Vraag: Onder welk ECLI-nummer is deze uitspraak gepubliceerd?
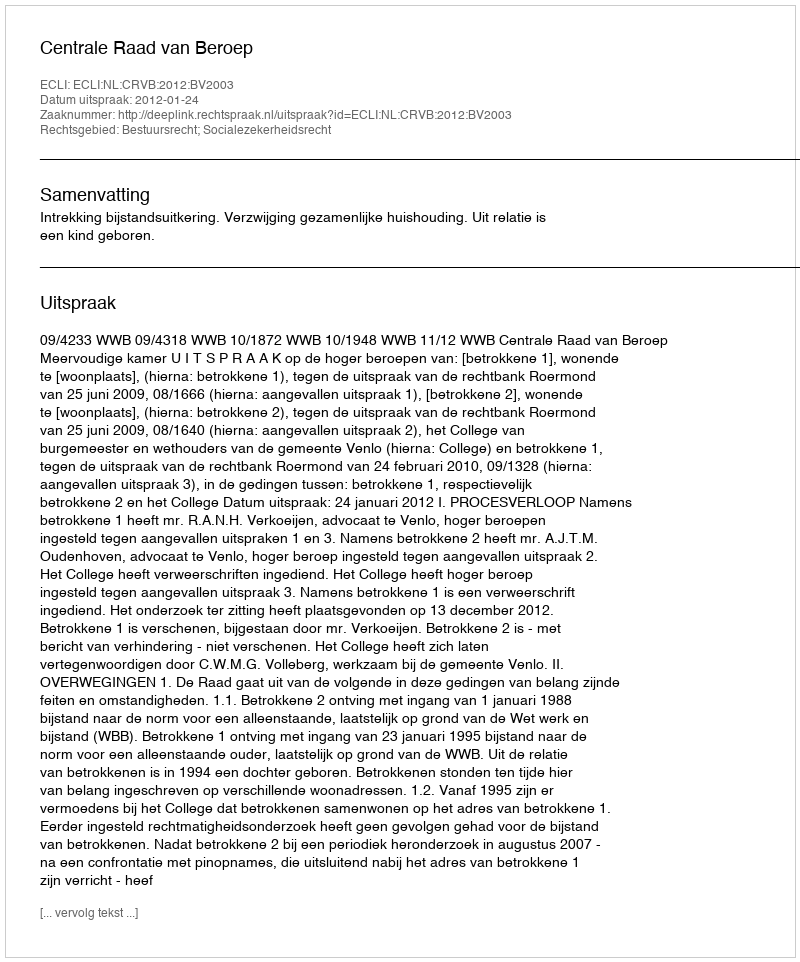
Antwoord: ECLI:NL:CRVB:2012:BV2003